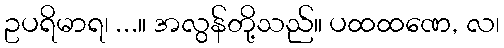
ဥပရိမာရ၊ ...။ အလွန်တို့သည်။ ပထထဏေ, လ၊